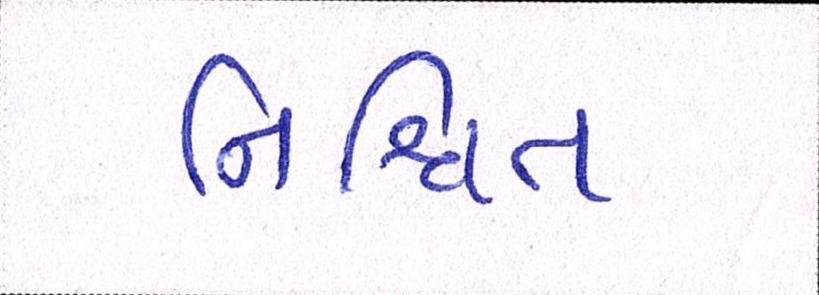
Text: નિશ્ચિત